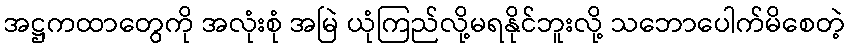
အဋ္ဌကထာတွေကို အလုံးစုံ အမြဲ ယုံကြည်လို့မရနိုင်ဘူးလို့ သဘောပေါက်မိစေတဲ့